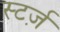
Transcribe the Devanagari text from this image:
स्टर्ज़